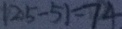
1 2 5 - 5 1 = 7 4